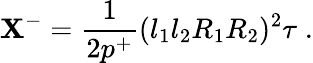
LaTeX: \mathbf{X}^{-}=\frac{{1}}{{2p^{+}}}(l_{1}l_{2}R_{1}R_{2})^{2}\tau\; .